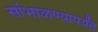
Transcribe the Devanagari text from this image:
सांभाळण्यापर्यंत